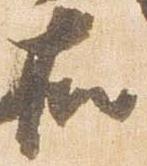
右